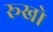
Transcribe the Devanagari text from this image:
रूखो